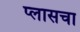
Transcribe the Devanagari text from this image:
प्लासचा